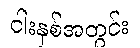
ငါးနှစ်အတွင်း